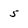
Character: 5